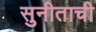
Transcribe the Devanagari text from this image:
सुनीताची